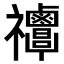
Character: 𥜸